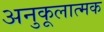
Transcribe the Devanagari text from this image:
अनुकूलात्मक